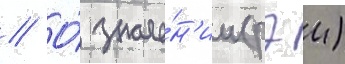
// О́ значе́н'ии (рэи)